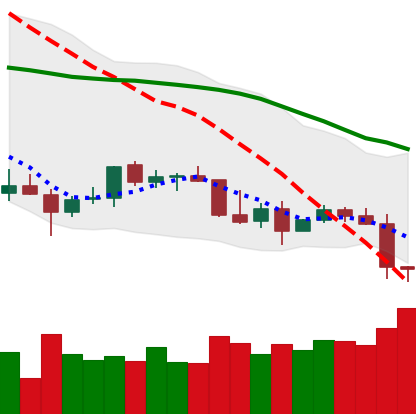
Ticker: TRX-USD
Chart end date: 2022-01-06
Forward return: -8.688%
Label: down_7plus